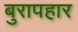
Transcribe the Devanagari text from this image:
बुरापहार